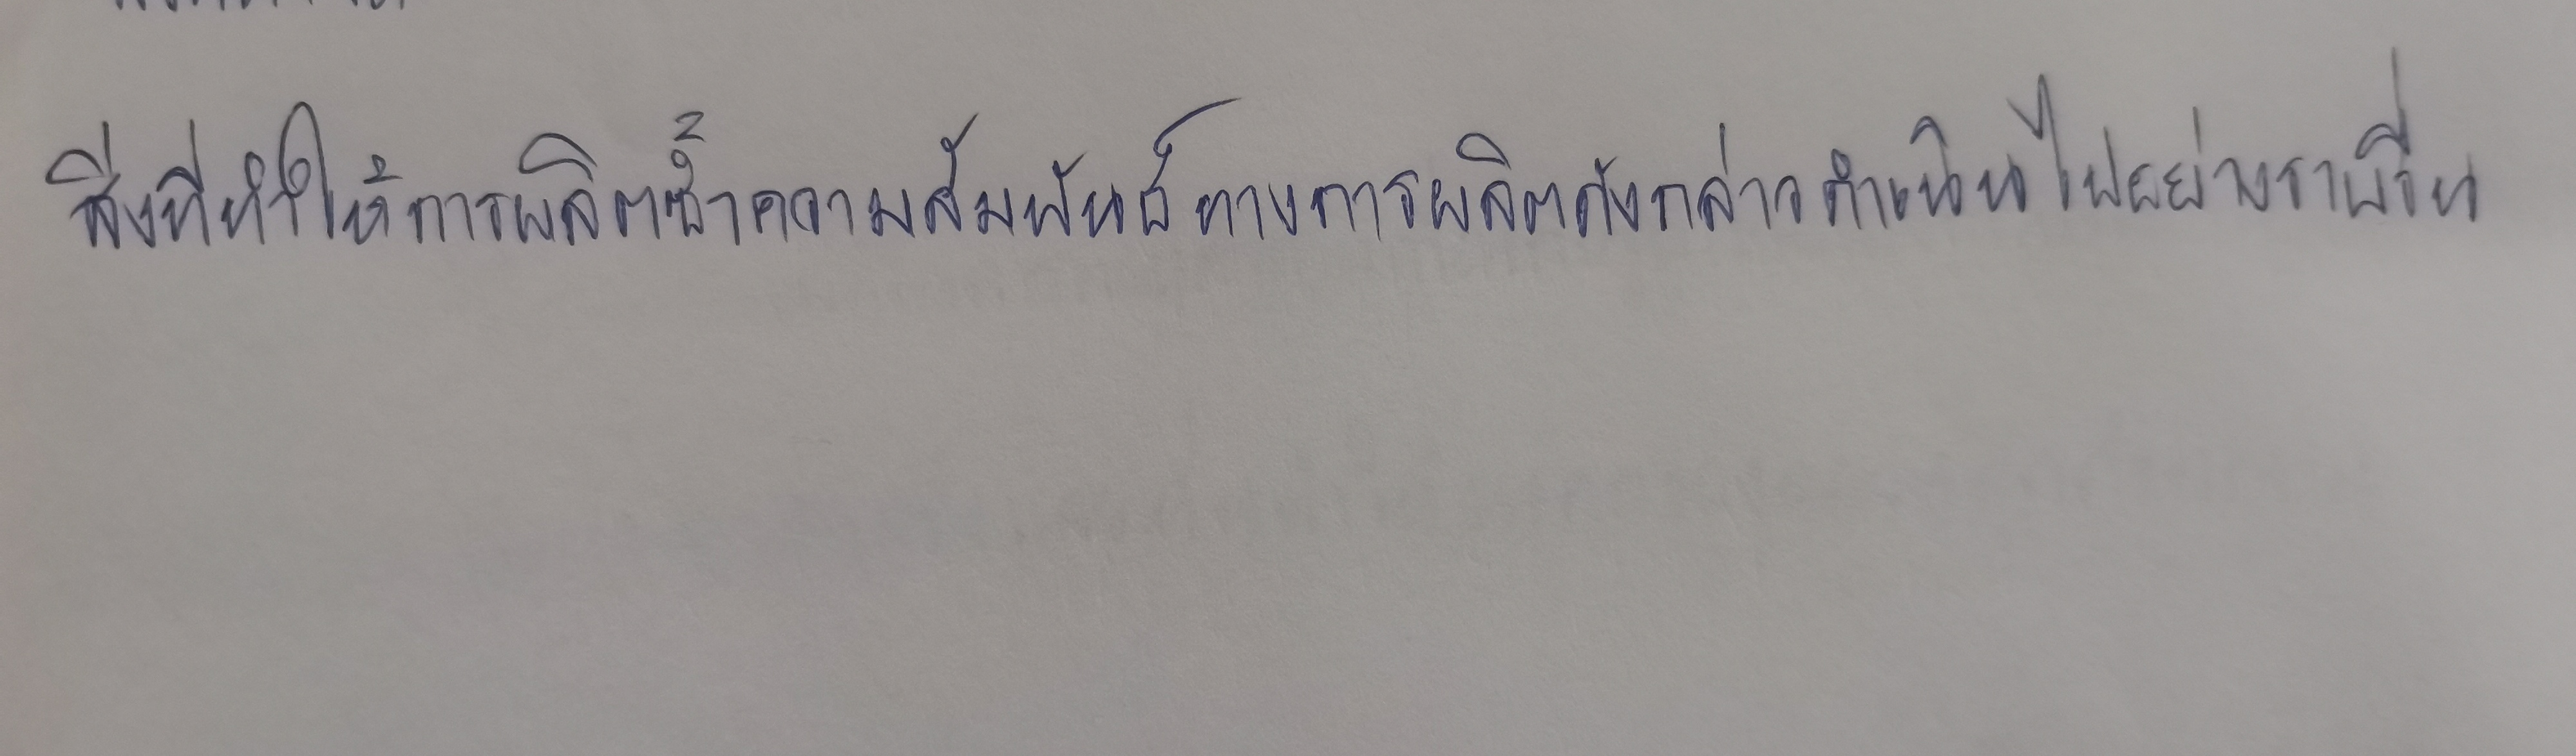
สิ่งที่ทำให้การผลิตซ้ำความสัมพันธ์ทางการผลิตดังกล่าวดำเนินไปอย่างราบรื่น